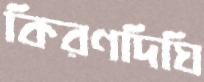
কিরণদিঘি